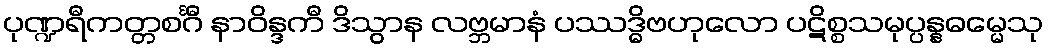
ပုဏ္ဍရီကတ္တစင်္ဂီ နာဝိန္ဒကီ ဒိသွာန လဗ္ဘမာနံ ပဿဒ္ဓိဗဟုလော ပဋိစ္စသမုပ္ပန္နဓမ္မေသု